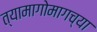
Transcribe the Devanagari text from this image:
त्यामागोमागच्या